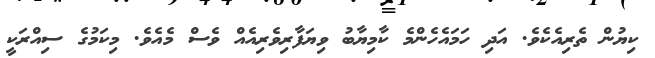
ކިޔުން ތެރިއެކެވެ. އަދި ހަމައެހެންމެ ކާމިޔާބު ވިޔަފާރިވެރިއެއް ވެސް މެއެވެ. މިކަމުގެ ސިއްރަކީ